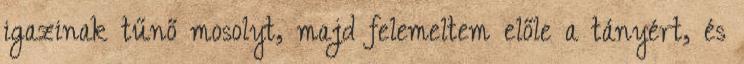
igazinak tűnő mosolyt, majd felemeltem előle a tányért, és